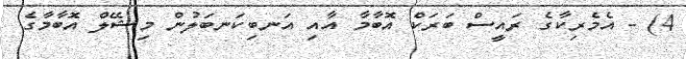
4) - އެމެރިކާގެ ރައީސް ބަރަކް އޮބާމާ އާއި އަނބިކަނބަލުން މިޝޭލް އޮބާމާގެ